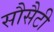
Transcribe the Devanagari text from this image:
सौसैटी